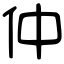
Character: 仲